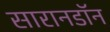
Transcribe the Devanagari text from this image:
सारानडॉन